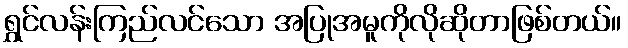
ရွှင်လန်းကြည်လင်သော အပြုအမူကိုလိုဆိုတာဖြစ်တယ်။